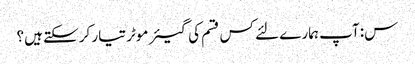
س: آپ ہمارے لئے کس قسم کی گیئر موٹر تیار کرسکتے ہیں؟